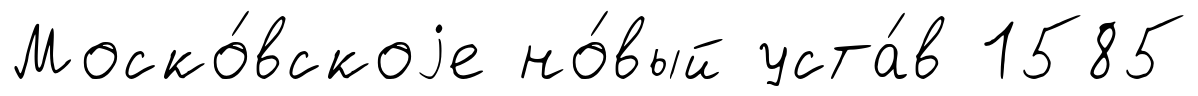
Моско́вскоjе но́вый уста́в 1585